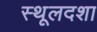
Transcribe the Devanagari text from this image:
स्थूलदशा